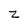
Character: Z